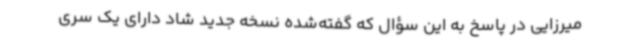
میرزایی در پاسخ به این سؤال که گفته‌شده نسخه جدید شاد دارای یک سری